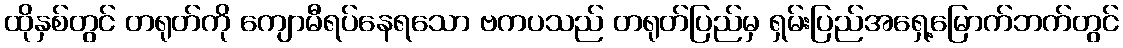
ထိုနှစ်တွင် တရုတ်ကို ကျောမီရပ်နေရသော ဗကပသည် တရုတ်ပြည်မှ ရှမ်းပြည်အရှေ့မြောက်ဘက်တွင်